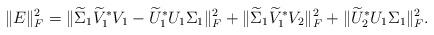
LaTeX: \begin{align*}\|E\|_{F}^{2}=\|\widetilde{\Sigma}_{1}\widetilde{V}_{1}^{\ast}V_{1}-\widetilde{U}_{1}^{\ast}U_{1}\Sigma_{1}\|_{F}^{2}+\|\widetilde{\Sigma}_{1}\widetilde{V}_{1}^{\ast}V_{2}\|_{F}^{2}+\|\widetilde{U}_{2}^{\ast}U_{1}\Sigma_{1}\|_{F}^{2}.\end{align*}